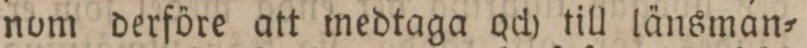
nom derföre att medtaga och till länsman=